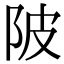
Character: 陂